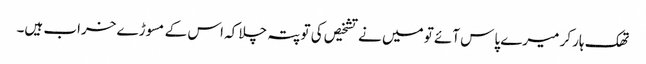
تھک ہار کر میرے پاس آئے تو میں نے تشخیص کی تو پتہ چلا کہ اس کے مسوڑے خراب ہیں۔